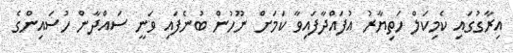
އިރާގުގައި ކެމިކަލް ހަތިޔާރު އުފައްދާފައިވާ ކަމަށް ނޫހުން ބުނެފައި ވަނީ ސައްދާން ހުސައިންގެ